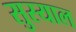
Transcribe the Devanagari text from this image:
सुस्याल